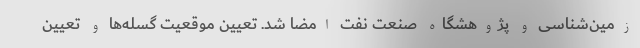
زمین‌شناسی و پژوهشگاه صنعت نفت امضا شد. تعیین موقعیت گسله‌ها و تعیین